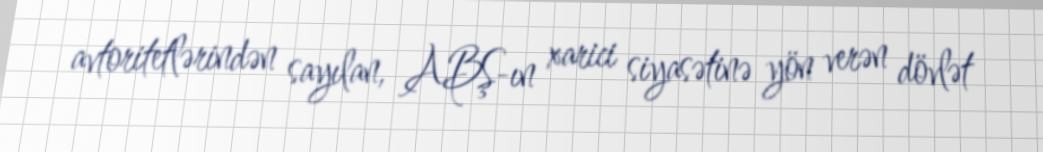
avtoritetlərindən sayılan, ABŞ-ın xarici siyasətinə yön verən dövlət